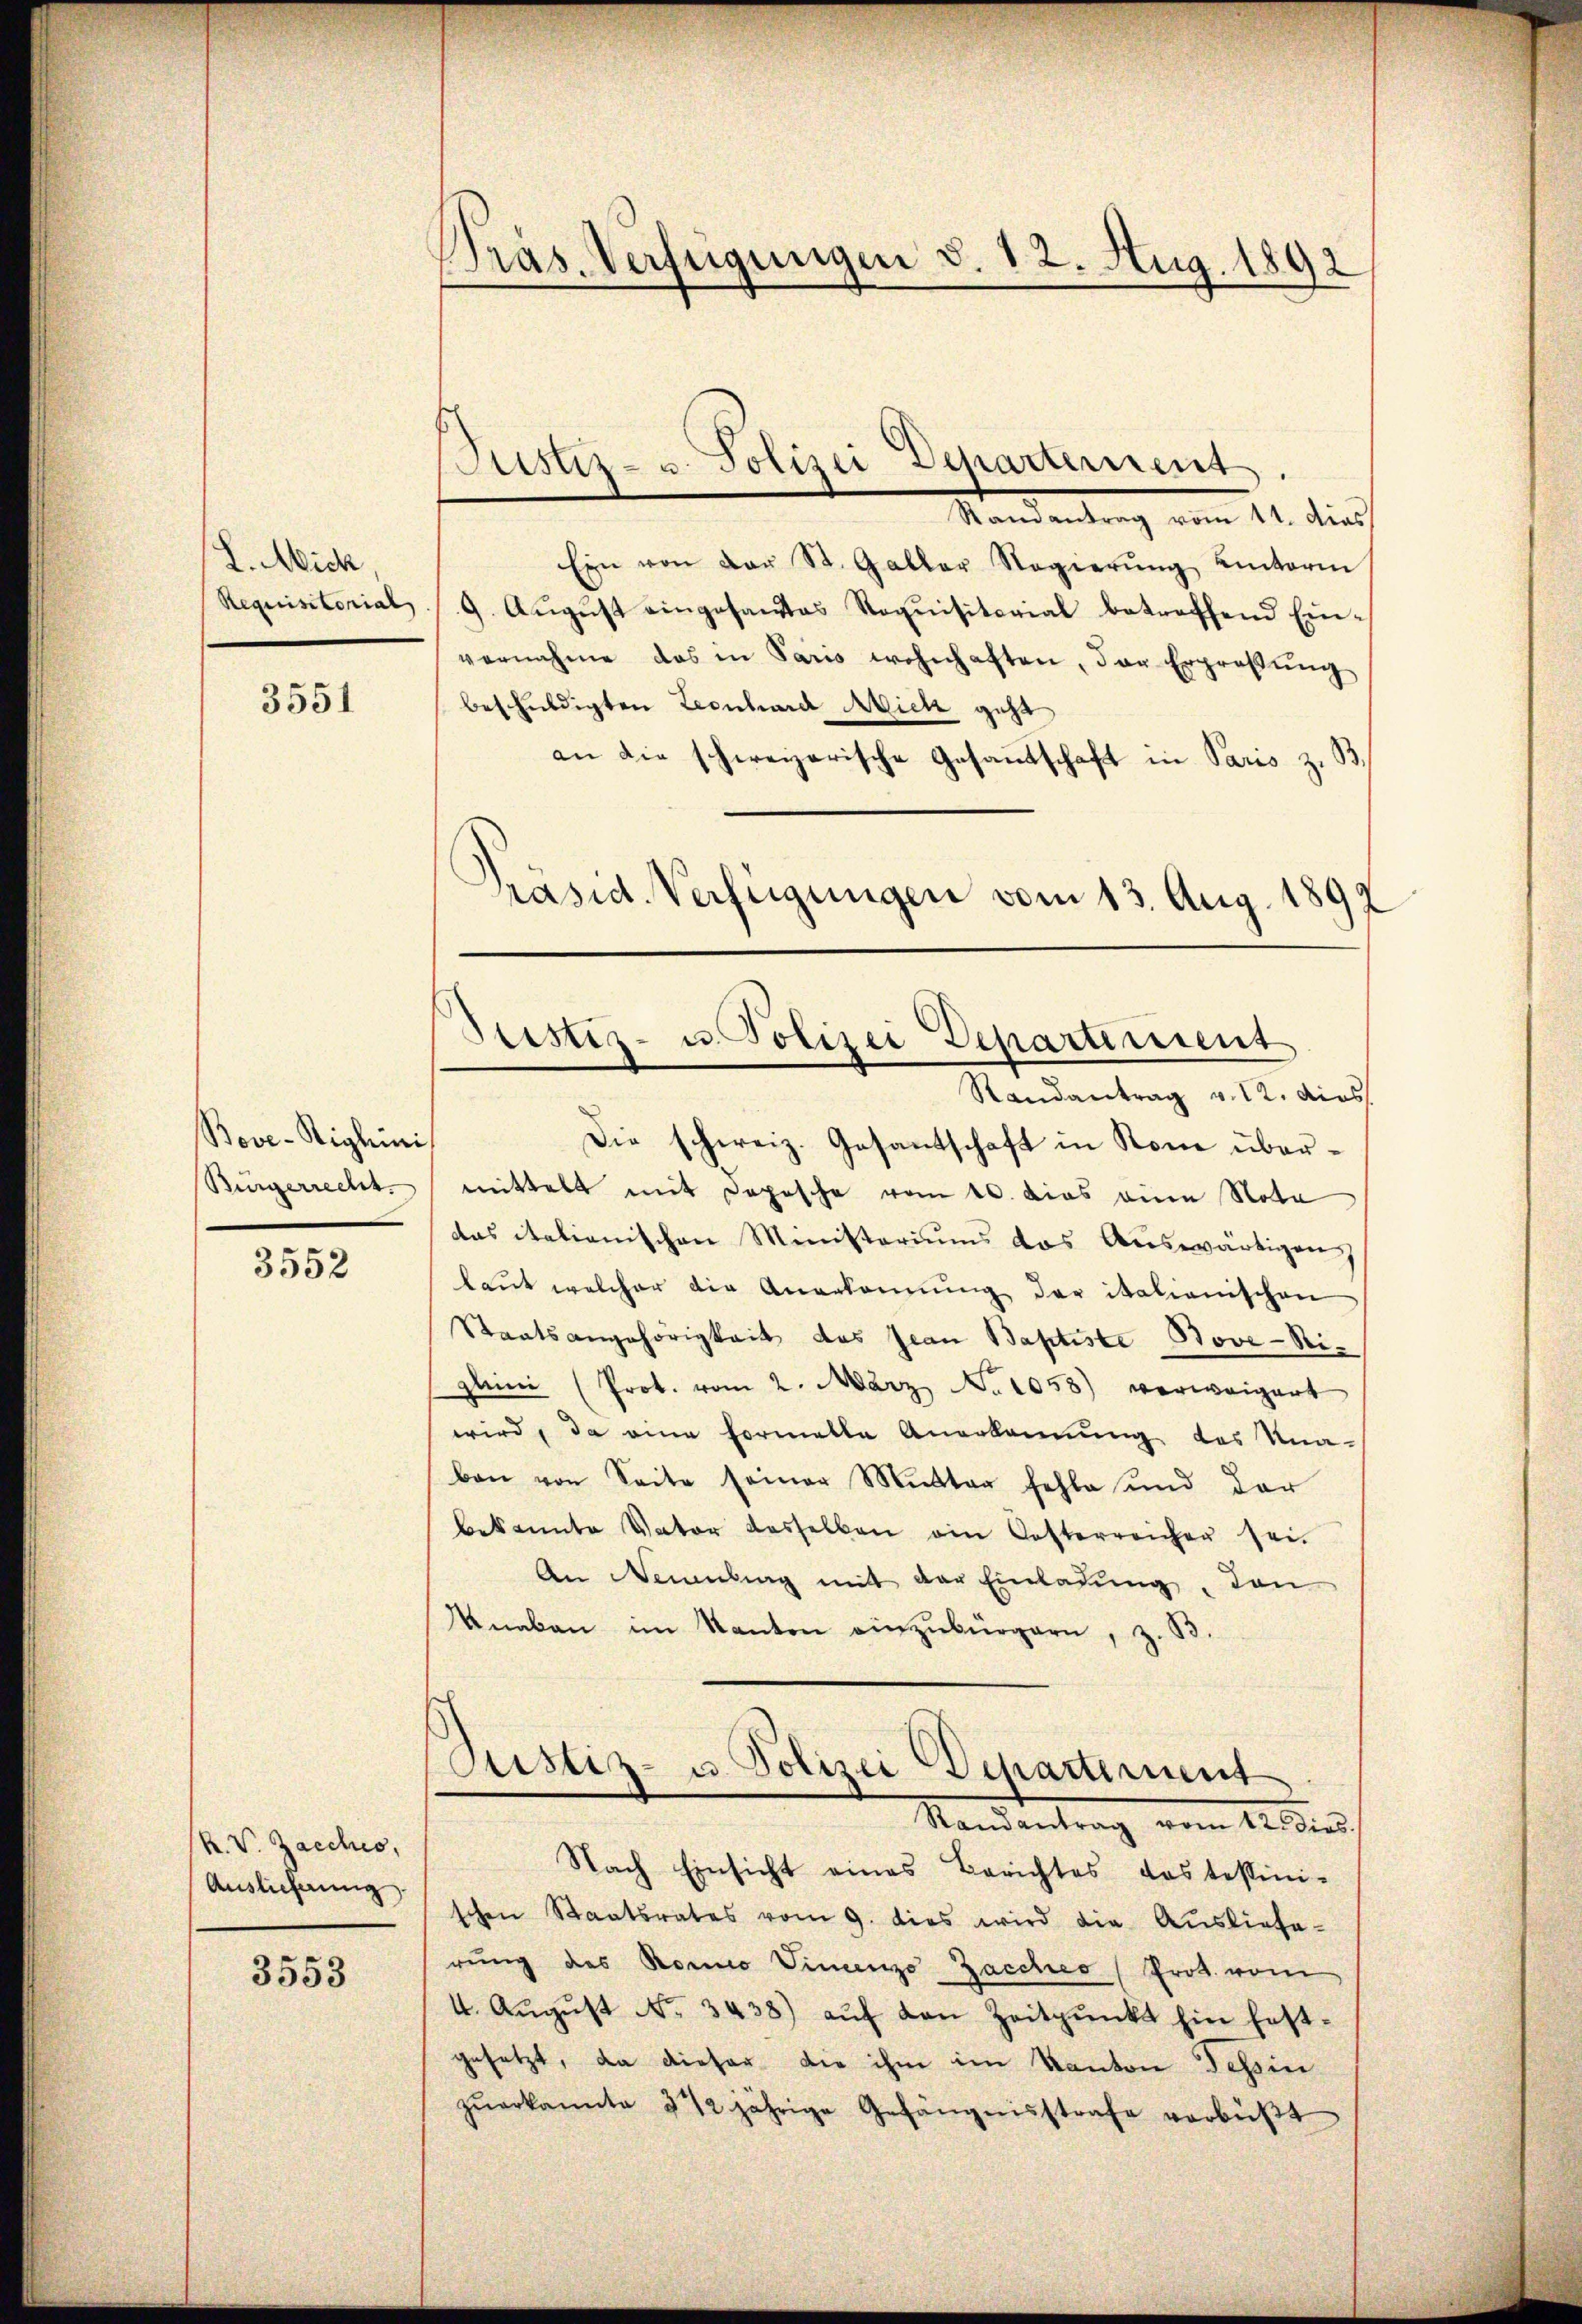
L. Mich,

3551

Bove-Righini

3552

R. V. Zacchio,
Auslieferung

3553

Präs. Verfügungen d. 12. Aug. 1892

Mandantrag vom 11. dies
Ein von der St. Galler Regierŭng hinterm
Requisitorial (9. Aŭgŭst eingesandtes Requisitorial betreffend Ein-
vernahme das in Paris wohnhaften, der Erpreβŭng
beschuldigten Leonhard Mich geht
an die schweizerische Gesantschaft in Paris z. B.
Präsid. Verfügungen vom 13. Aug. 1892

Justiz- u. Polizei Departement

Justiz- u. Polizei Departement
Randantrag v. 12. dies

Die schweiz. Gesantschaft in Rome über¬
Bürgerrecht mittelt mit Depesche vom 10. dies eine Nota
das italienischen Ministeriums das Auswärtigen
laut welcher die Anerkennung der italienischen
Staatsangehörigkeit das Jean Baptiste Bove-Niplein (Prot. vom 2. März No 1058) verweigert
wird, da eine Formelle Anerkennung des Kna-
ban von Seite seiner Mŭtter fehle und der
bekannte Vater dasselben ein Oesterreicher sei.
An Nemmling mit der Einladung, den
Knaben im Kanton einzubürgern, z. B.

Justiz- u. Polizei Departement
Standentrag vom 12. dies

Nach Einsicht eines Berichtes das tessini-
schen Staatsrates vom 9. dies wird die Auslieferung des Rono Vincenzo Zacches (Prot. vom
4. August No. 3438) auf den Zeitpunkt hin festgesetzt, da dieser die ihm im Kanton Tessin
zŭerkannte 2 1/2 jährige Gefängnisstrafe verbüβt